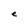
Character: e